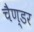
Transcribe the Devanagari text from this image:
चैण्डर